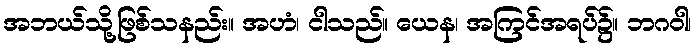
အဘယ်သို့ဖြစ်သနည်း။ အဟံ၊ ငါသည်။ ယေန၊ အကြင်အရပ်၌။ ဘဂဝါ၊